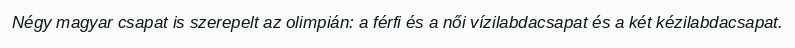
Négy magyar csapat is szerepelt az olimpián: a férfi és a női vízilabdacsapat és a két kézilabdacsapat.